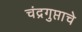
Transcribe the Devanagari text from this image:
चंद्रगुप्ताचे